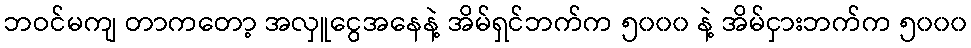
ဘဝင်မကျ တာကတော့ အလှူငွေအနေနဲ့ အိမ်ရှင်ဘက်က ၅၀၀၀ နဲ့ အိမ်ငှားဘက်က ၅၀၀၀